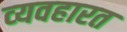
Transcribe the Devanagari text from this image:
व्‍यवहारत